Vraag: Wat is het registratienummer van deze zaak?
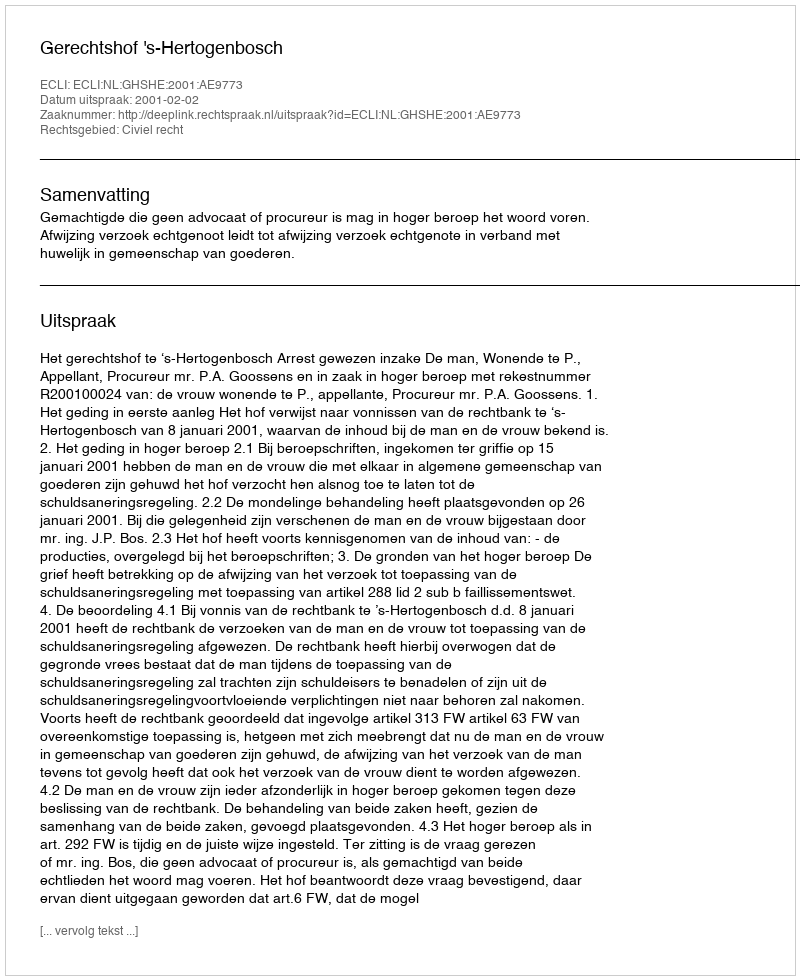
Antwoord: http://deeplink.rechtspraak.nl/uitspraak?id=ECLI:NL:GHSHE:2001:AE9773